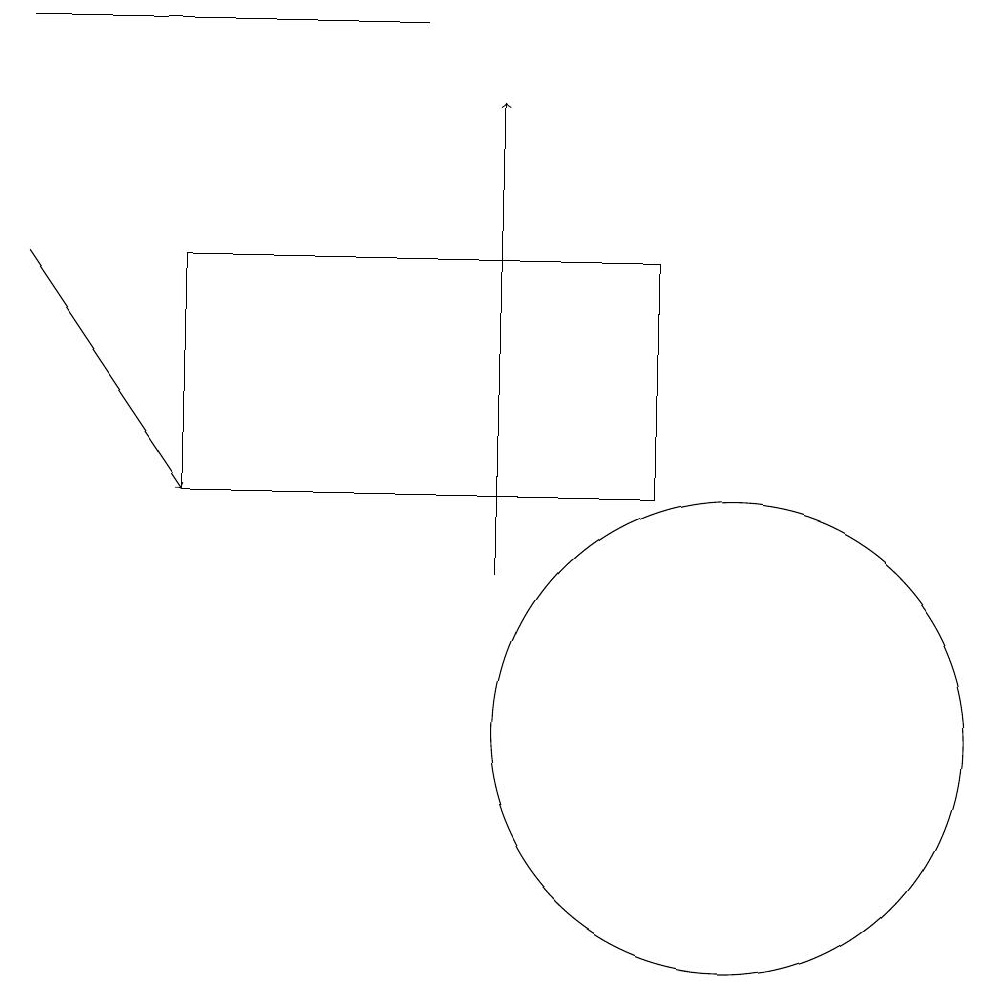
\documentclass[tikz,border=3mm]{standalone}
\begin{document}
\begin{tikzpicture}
\draw[->] (7,12) -- (7,18);
\draw[->] (1,16) -- (3,13);
\draw (9,13) rectangle (3,16);
\draw (1,19) rectangle (6,19);
\draw (10,10) circle (3);
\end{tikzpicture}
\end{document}